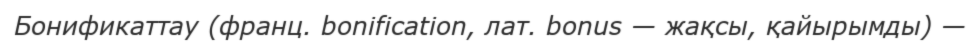
Бонификаттау (франц. bonіfіcatіon, лат. bonus — жақсы, қайырымды) —